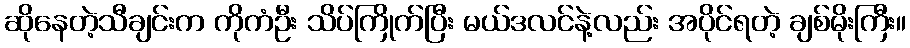
ဆိုနေတဲ့သီချင်းက ကိုကံဦး သိပ်ကြိုက်ပြီး မယ်ဒလင်နဲ့လည်း အပိုင်ရတဲ့ ချစ်မိုးကြီး။